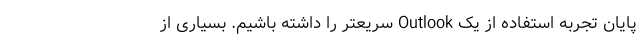
پایان تجربه استفاده از یک Outlook سریعتر را داشته باشیم. بسیاری از